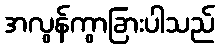
အလွန်ကွာခြားပါသည်